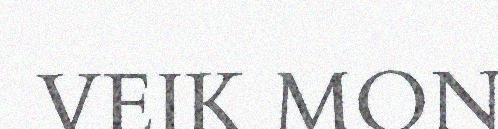
VEIK MON